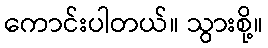
ကောင်းပါတယ်။ သွားစို့။